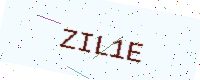
Text: ZIL1E